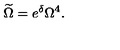
\widetilde { \Omega } = e ^ { \delta } \Omega ^ { 4 } .